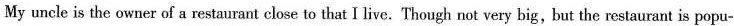
My uncle is the owner of a restaurant close to that I live. Though not very big, but the restaurant is popu-